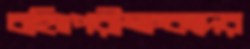
বহিঃপরীক্ষকদের